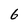
Character: 6